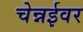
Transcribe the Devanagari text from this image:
चेन्नईवर